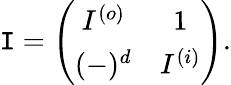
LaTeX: \mathtt{I}=\left(\begin{array}{cc}{{I^{(o)}}}&{{1}}\\ {{(-)^{d}}}&{{I^{(i)}}}\end{array}\right).